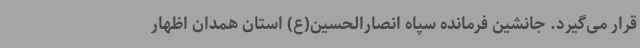
قرار می‌گیرد. جانشین فرمانده سپاه انصارالحسین(ع) استان همدان اظهار